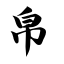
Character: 帛